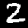
Label: 2